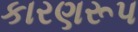
કારણરૂપ